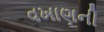
વખાણની